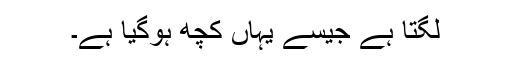
لگتا ہے جیسے یہاں کچھ ہوگیا ہے۔